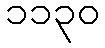
၁၁၃၀